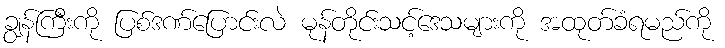
ချွန်ကြီးကို ပြစ်ဒဏ်ပြောင်းလဲ မုန်တိုင်းသင့်ဒေသများကို အထုတ်ခံရမည်ကို